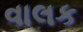
વાલક